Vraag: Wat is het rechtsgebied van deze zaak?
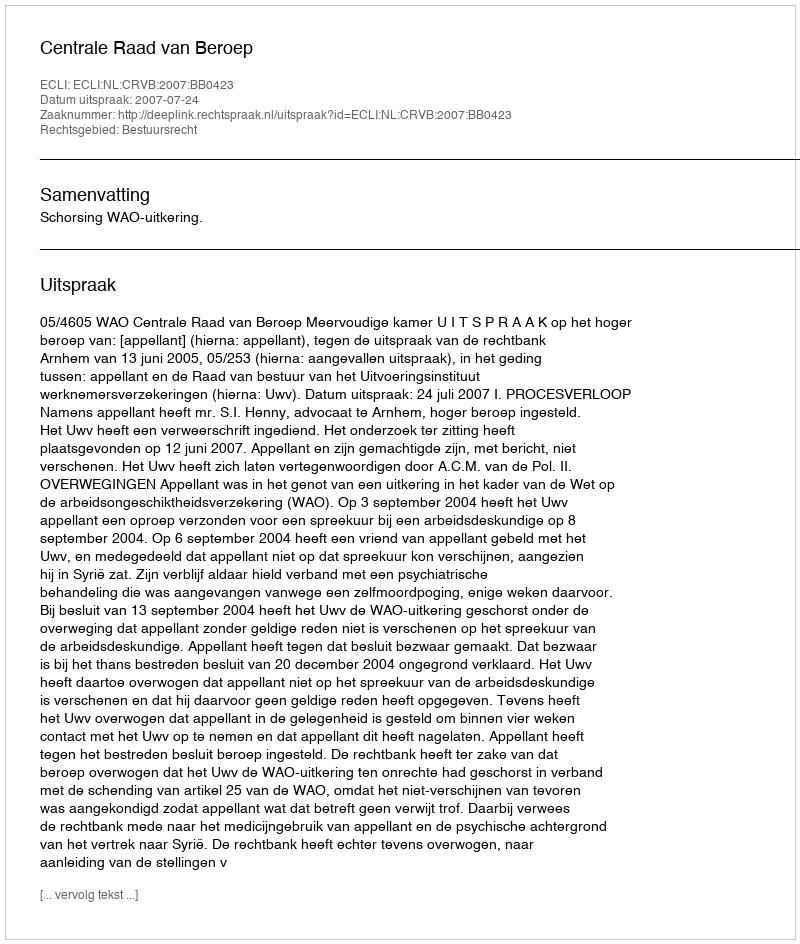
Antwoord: Bestuursrecht